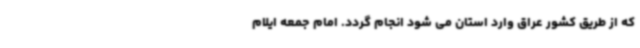
که از طریق کشور عراق وارد استان می شود انجام گردد. امام جمعه ایلام